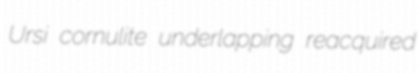
Ursi cornulite underlapping reacquired